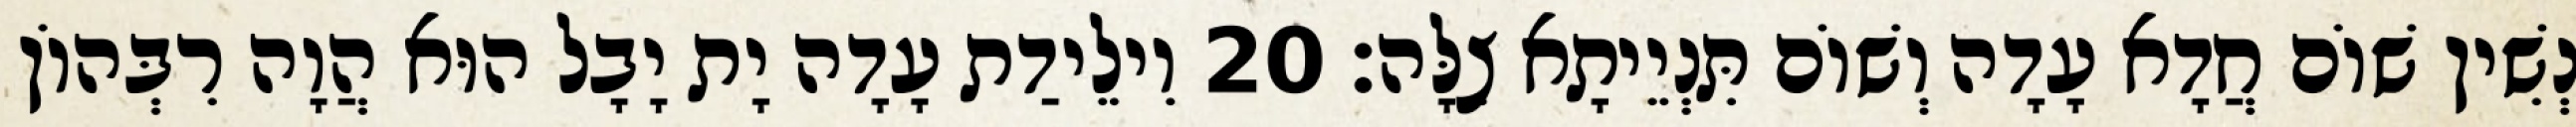
נְשִׁין שׁוֹם חֲדָא עָדָה וְשׁוֹם תִּנְיֵיתָא צִלָּה׃ 20 וִילֵידַת עָדָה יָת יָבָל הוּא הֲוָה רִבְּהוֹן